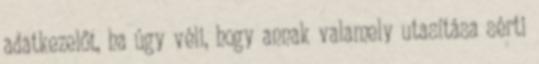
adatkezelőt, ha úgy véli, hogy annak valamely utasítása sérti